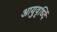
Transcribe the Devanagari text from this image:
आयुवृर्ध्दि